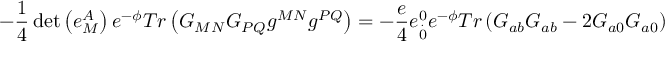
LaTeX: - \frac { 1 } { 4 } \operatorname * { d e t } \left( e _ { M } ^ { A } \right) e ^ { - \phi } T r \left( G _ { M N } G _ { P Q } g ^ { M N } g ^ { P Q } \right) = - \frac { e } { 4 } e _ { \stackrel { . } { 0 } } ^ { 0 } e ^ { - \phi } T r \left( G _ { a b } G _ { a b } - 2 G _ { a 0 } G _ { a 0 } \right)